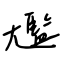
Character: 尷